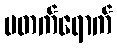
မတက်ရောက်